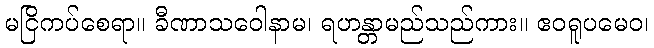
မငြိကပ်စေရာ။ ခီဏာသဝေါနာမ၊ ရဟန္တာမည်သည်ကား။ ဧဝရူပမေဝ၊